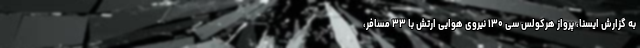
به گزارش ایسنا، پرواز هرکولس سی ۱۳۰ نیروی هوایی ارتش با ۳۳ مسافر،